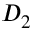
D _ { 2 }